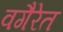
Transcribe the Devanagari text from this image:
वगैरेत